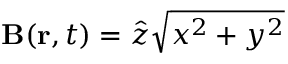
\mathbf { B } ( \mathbf { r } , t ) = \hat { z } \sqrt { x ^ { 2 } + y ^ { 2 } }